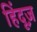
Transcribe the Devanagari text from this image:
हिंदूज़